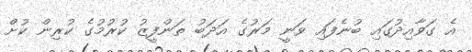
އެ ގަވާއިދުގައި ބުނެފައި ވަނީ މަރުގެ އަދަބު ތަންފީޒު ކުރުމުގެ ކުރިން ކުށް